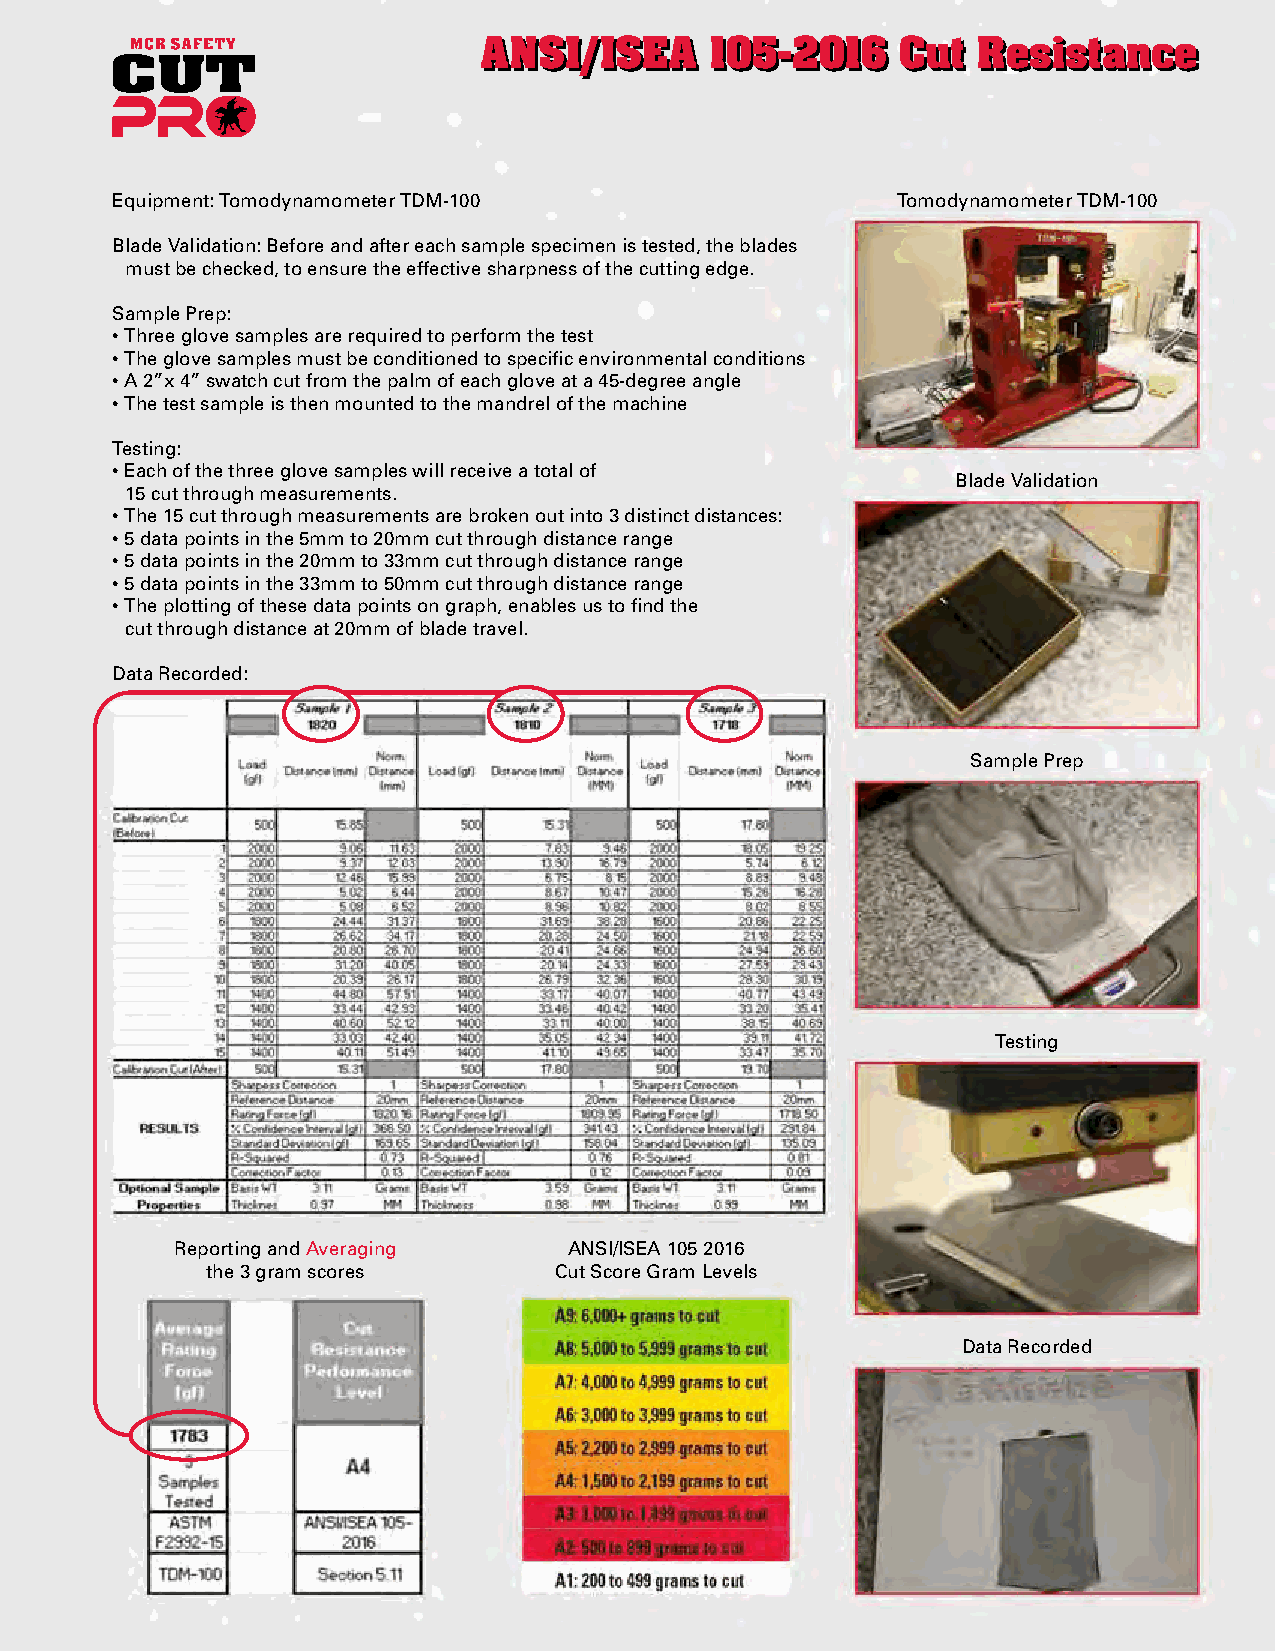
AANNSSII//IISSEEAA 110055--22001166 CCuutt RReessiissttaannccee
 Equipment: Tomodynamometer TDM-100                  Tomodynamometer TDM-100
 Blade Validation: Before and after each sample specimen is tested, the blades
 must be checked, to ensure the effective sharpness of the cutting edge.
 Sample Prep:
 • Three glove samples are required to perform the test
 • The glove samples must be conditioned to specific environmental conditions
 • A 2”x 4” swatch cut from the palm of each glove at a 45-degree angle
 • The test sample is then mounted to the mandrel of the machine
 Testing:
 • Each of the three glove samples will receive a total of
 Blade Validation
 15 cut through measurements.
 • The 15 cut through measurements are broken out into 3 distinct distances:
 • 5 data points in the 5mm to 20mm cut through distance range
 • 5 data points in the 20mm to 33mm cut through distance range
 • 5 data points in the 33mm to 50mm cut through distance range
 • The plotting of these data points on graph, enables us to find the
 cut through distance at 20mm of blade travel.
 Data Recorded:
 Sample Prep
 Testing
 Reporting and Averaging   ANSI/ISEA 105 2016
 the 3 gram scores      Cut Score Gram Levels
 Data Recorded